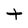
Character: t